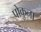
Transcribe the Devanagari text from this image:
पोकुना